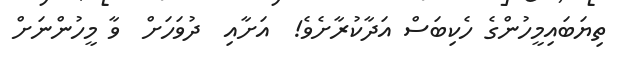
ތިޔަބައިމީހުންގެ ހެކިބަސް އަދާކުރާށެވެ!  އަށާއި  ދުވަހަށް  ވާ މީހުންނަށް